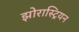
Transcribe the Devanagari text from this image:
झोरास्ट्रियन